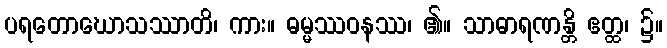
ပရတောဃောသဿာတိ၊ ကား။ ဓမ္မဿဝနဿ၊ ၏။ သာဓာရဏန္တိ ဧတ္ထ၊ ၌။